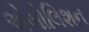
એબોલિશન